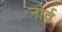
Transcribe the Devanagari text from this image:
नोर्व